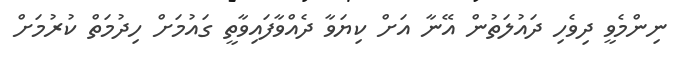
ނިންމެވީ ދިވެހި ދައުލަތުން އޭނާ އަށް ކިޔަވާ ދެއްވާފައިވާތީ ގައުމަށް ހިދުމަތް ކުރުމަށް